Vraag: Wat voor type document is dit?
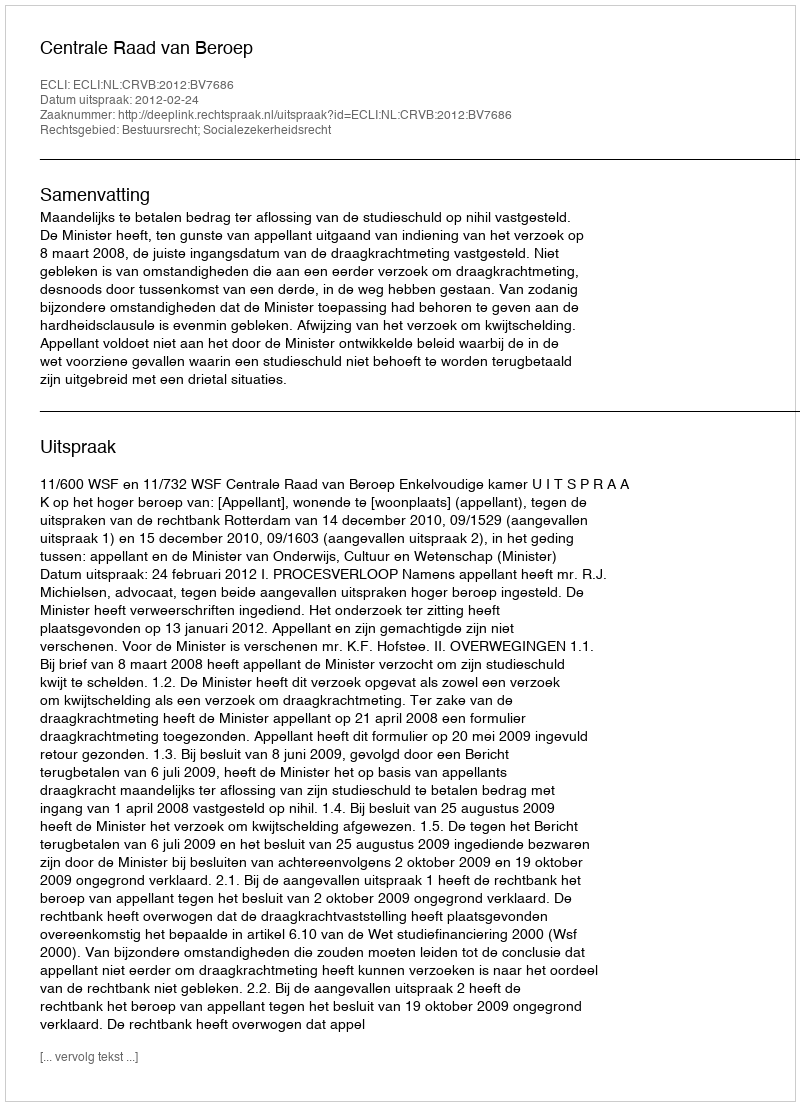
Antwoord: Uitspraak